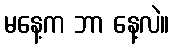
မနေ့က ဘာ နေ့လဲ။